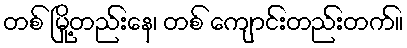
တစ် မြို့တည်းနေ၊ တစ် ကျောင်းတည်းတက်။